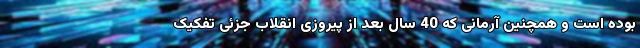
بوده است و همچنین آرمانی که 40 سال بعد از پیروزی انقلاب جزئی تفکیک